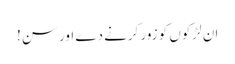
ان لڑکوں کو زور کرنے دے اور سن!